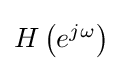
{\textstyle H\left(e^{j\omega }\right)}